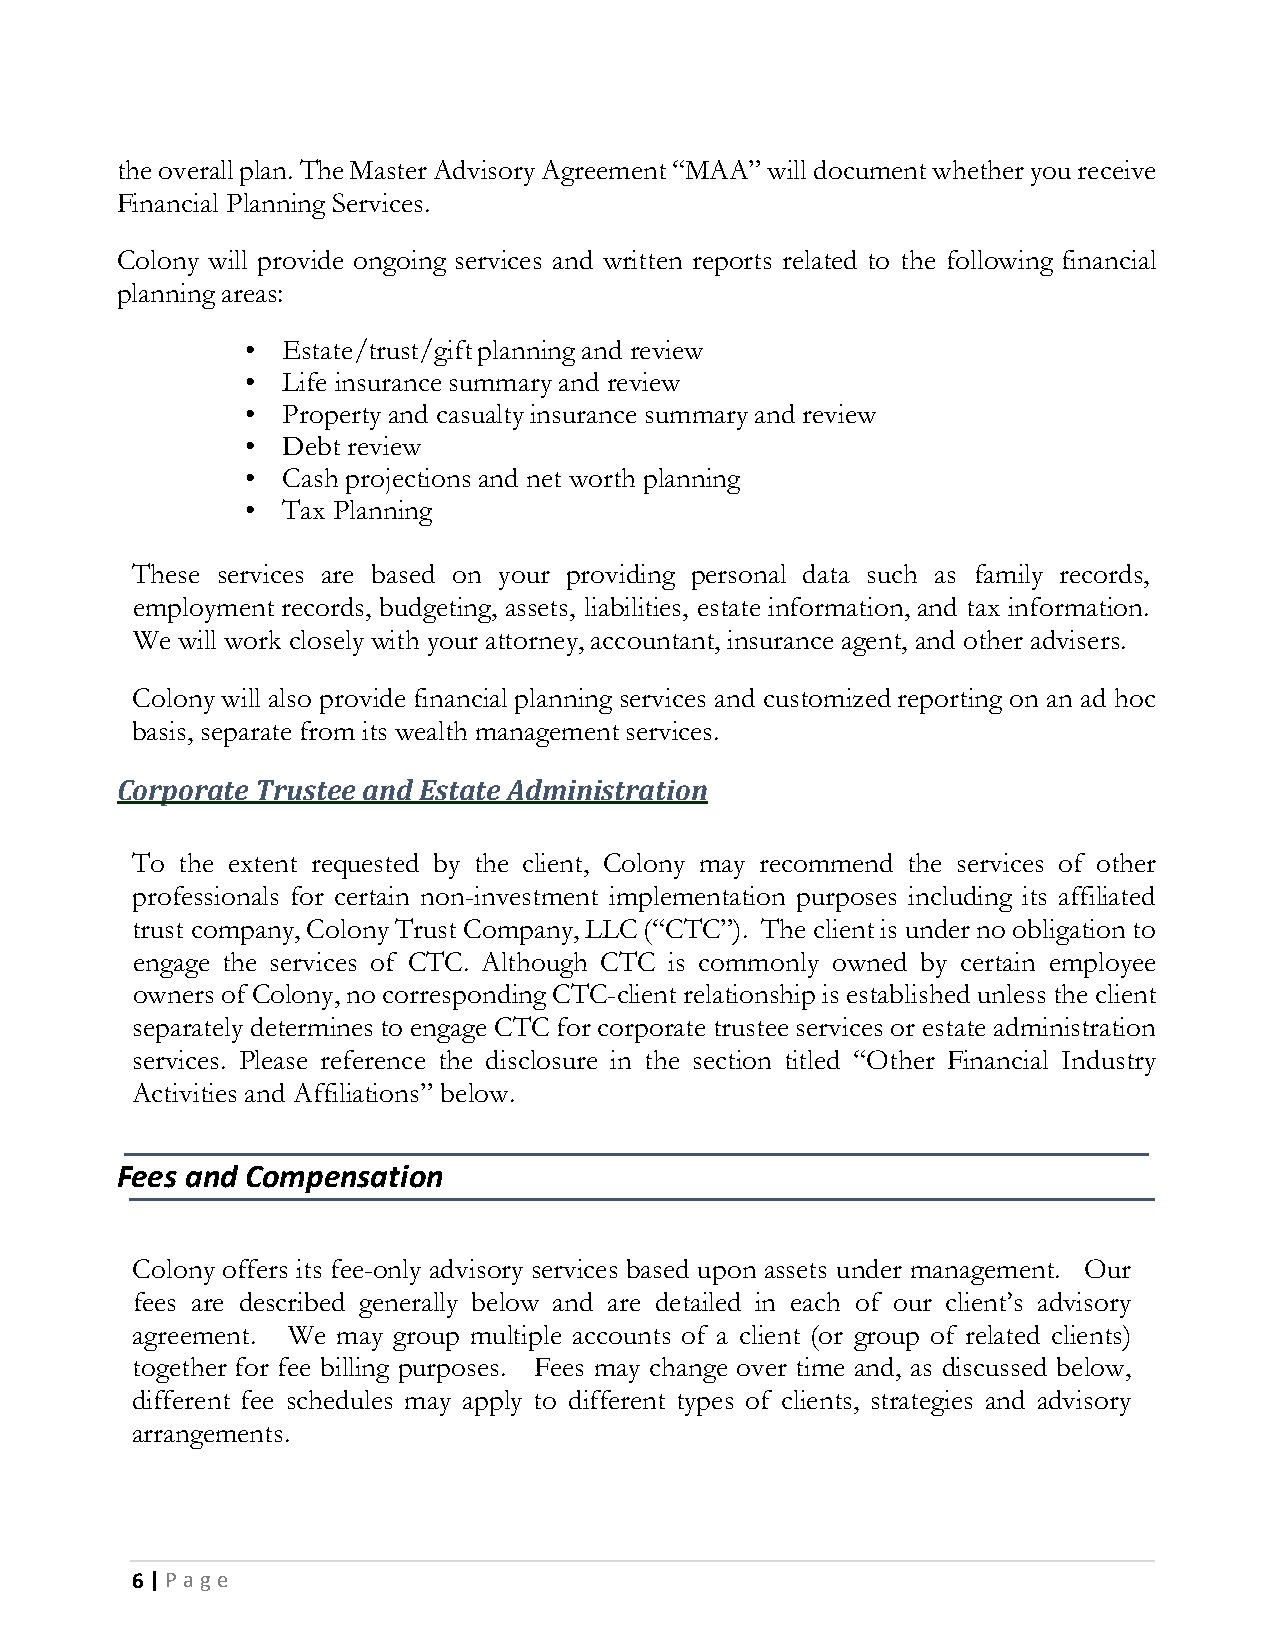
the overall plan. The Master Advisory Agreement “MAA” will document whether you receive
 Financial Planning Services.
 Colony will provide ongoing services and written reports related to the following financial
 planning areas:
 •  Estate/trust/gift planning and review
 •  Life insurance summary and review
 •  Property and casualty insurance summary and review
 •  Debt review
 •  Cash projections and net worth planning
 •  Tax Planning
 These services are based on your providing personal data such as family records,
 employment records, budgeting, assets, liabilities, estate information, and tax information.
 We will work closely with your attorney, accountant, insurance agent, and other advisers.
 Colony will also provide financial planning services and customized reporting on an ad hoc
 basis, separate from its wealth management services.
 Corporate Trustee and Estate Administration
 To the extent requested by the client, Colony may recommend the services of other
 professionals for certain non-investment implementation purposes including its affiliated
 trust company, Colony Trust Company, LLC (“CTC”). The client is under no obligation to
 engage the services of CTC. Although CTC is commonly owned by certain employee
 owners of Colony, no corresponding CTC-client relationship is established unless the client
 separately determines to engage CTC for corporate trustee services or estate administration
 services. Please reference the disclosure in the section titled “Other Financial Industry
 Activities and Affiliations” below.
 Fees and Compensation
 Colony offers its fee-only advisory services based upon assets under management. Our
 fees are described generally below and are detailed in each of our client’s advisory
 agreement. We may group multiple accounts of a client (or group of related clients)
 together for fee billing purposes. Fees may change over time and, as discussed below,
 different fee schedules may apply to different types of clients, strategies and advisory
 arrangements.
 6 | P a g e